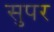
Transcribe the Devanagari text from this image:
सुपर